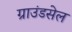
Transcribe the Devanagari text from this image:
ग्राउंडसेल